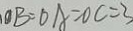
O B = O A = O C = 3